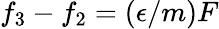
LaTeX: f_{3}-f_{2}=(\epsilon/m)F